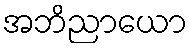
အဘိညာယော